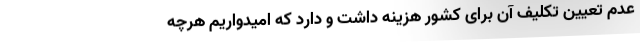
عدم تعیین تکلیف آن برای کشور هزینه داشت و دارد که امیدواریم هرچه